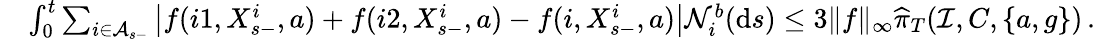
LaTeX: \begin{array}{rl}&{\int_{0}^{t}\sum_{i\in\mathcal A_{s-}}\left|f{(i1,X_{s-}^{i},a)}+f{(i2,X_{s-}^{i},a)}-f{(i,X_{s-}^{i},a)}\right|\mathcal N_{i}^{b}(\mathrm{d}s)\leq 3\| f\| _{\infty}\widehat{\pi}_{T}(\mathcal I,C,\{ a,g\} )\, .}\end{array}